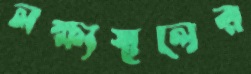
লক্ষ্যস্থলের